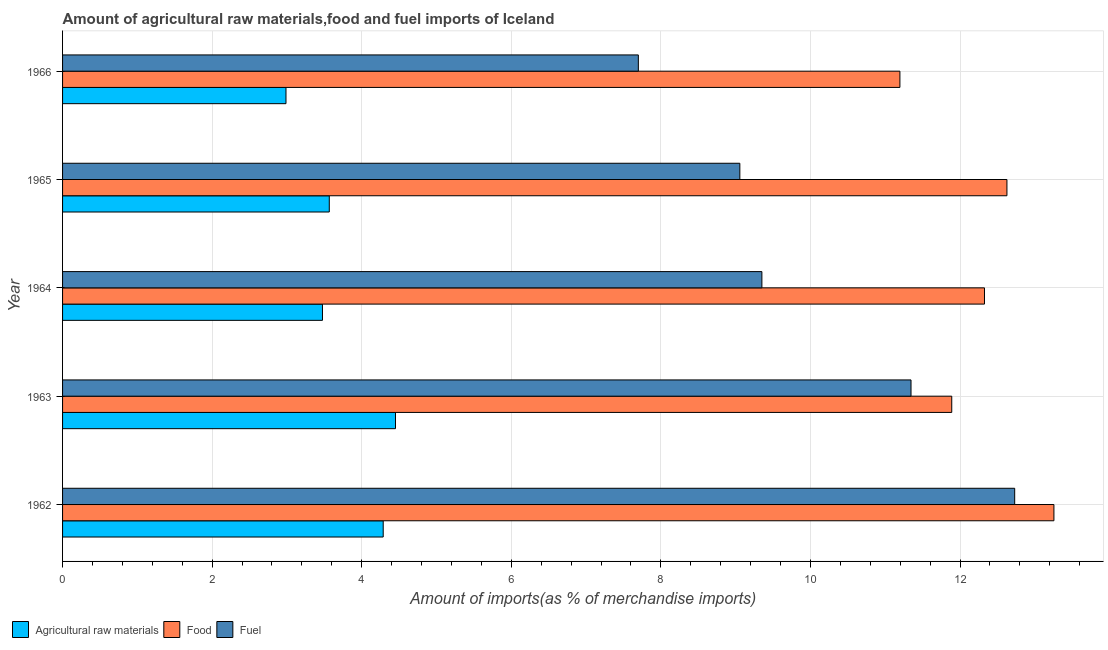
| Year | Agricultural raw materials | Food | Fuel |
 | --- | --- | --- | --- |
 | 1962 | 4.29 | 13.3 | 12.7 |
 | 1963 | 4.45 | 11.9 | 11.3 |
 | 1964 | 3.48 | 12.3 | 9.35 |
 | 1965 | 3.57 | 12.6 | 9.06 |
 | 1966 | 2.99 | 11.2 | 7.7 |